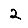
Digit: 2